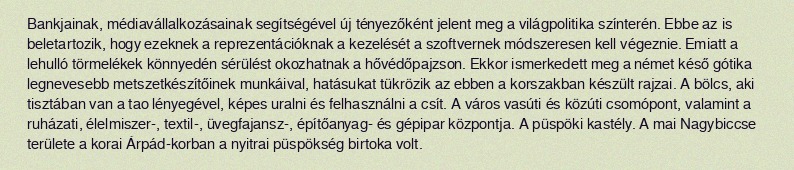
Bankjainak, médiavállalkozásainak segítségével új tényezőként jelent meg a világpolitika színterén. Ebbe az is beletartozik, hogy ezeknek a reprezentációknak a kezelését a szoftvernek módszeresen kell végeznie. Emiatt a lehulló törmelékek könnyedén sérülést okozhatnak a hővédőpajzson. Ekkor ismerkedett meg a német késő gótika legnevesebb metszetkészítőinek munkáival, hatásukat tükrözik az ebben a korszakban készült rajzai. A bölcs, aki tisztában van a tao lényegével, képes uralni és felhasználni a csít. A város vasúti és közúti csomópont, valamint a ruházati, élelmiszer-, textil-, üvegfajansz-, építőanyag- és gépipar központja. A püspöki kastély. A mai Nagybiccse területe a korai Árpád-korban a nyitrai püspökség birtoka volt.